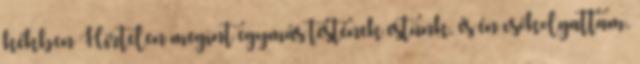
kékben Hirtelen megint egymás testének estünk, és én csókolgattam,